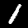
Digit: 1